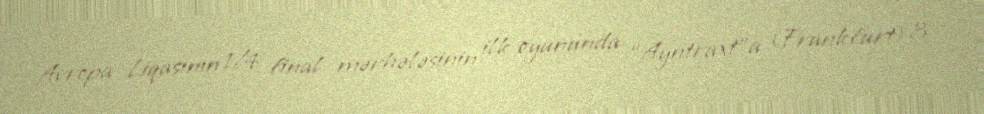
Avropa Liqasının 1/4 final mərhələsinin ilk oyununda “Ayntraxt”a (Frankfurt) 3